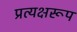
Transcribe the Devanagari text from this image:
प्रत्यक्षरूप